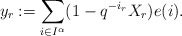
\begin{align*}y_r:=\sum_{i\in I^{\alpha}}(1-q^{-i_r}X_r)e(i).\end{align*}